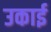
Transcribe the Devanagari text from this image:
उकाई